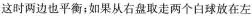
这时两边也平衡；如果从右盘取走两个白球放在左